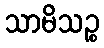
သာမိသဉ္စ